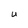
Character: U